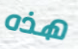
هذه